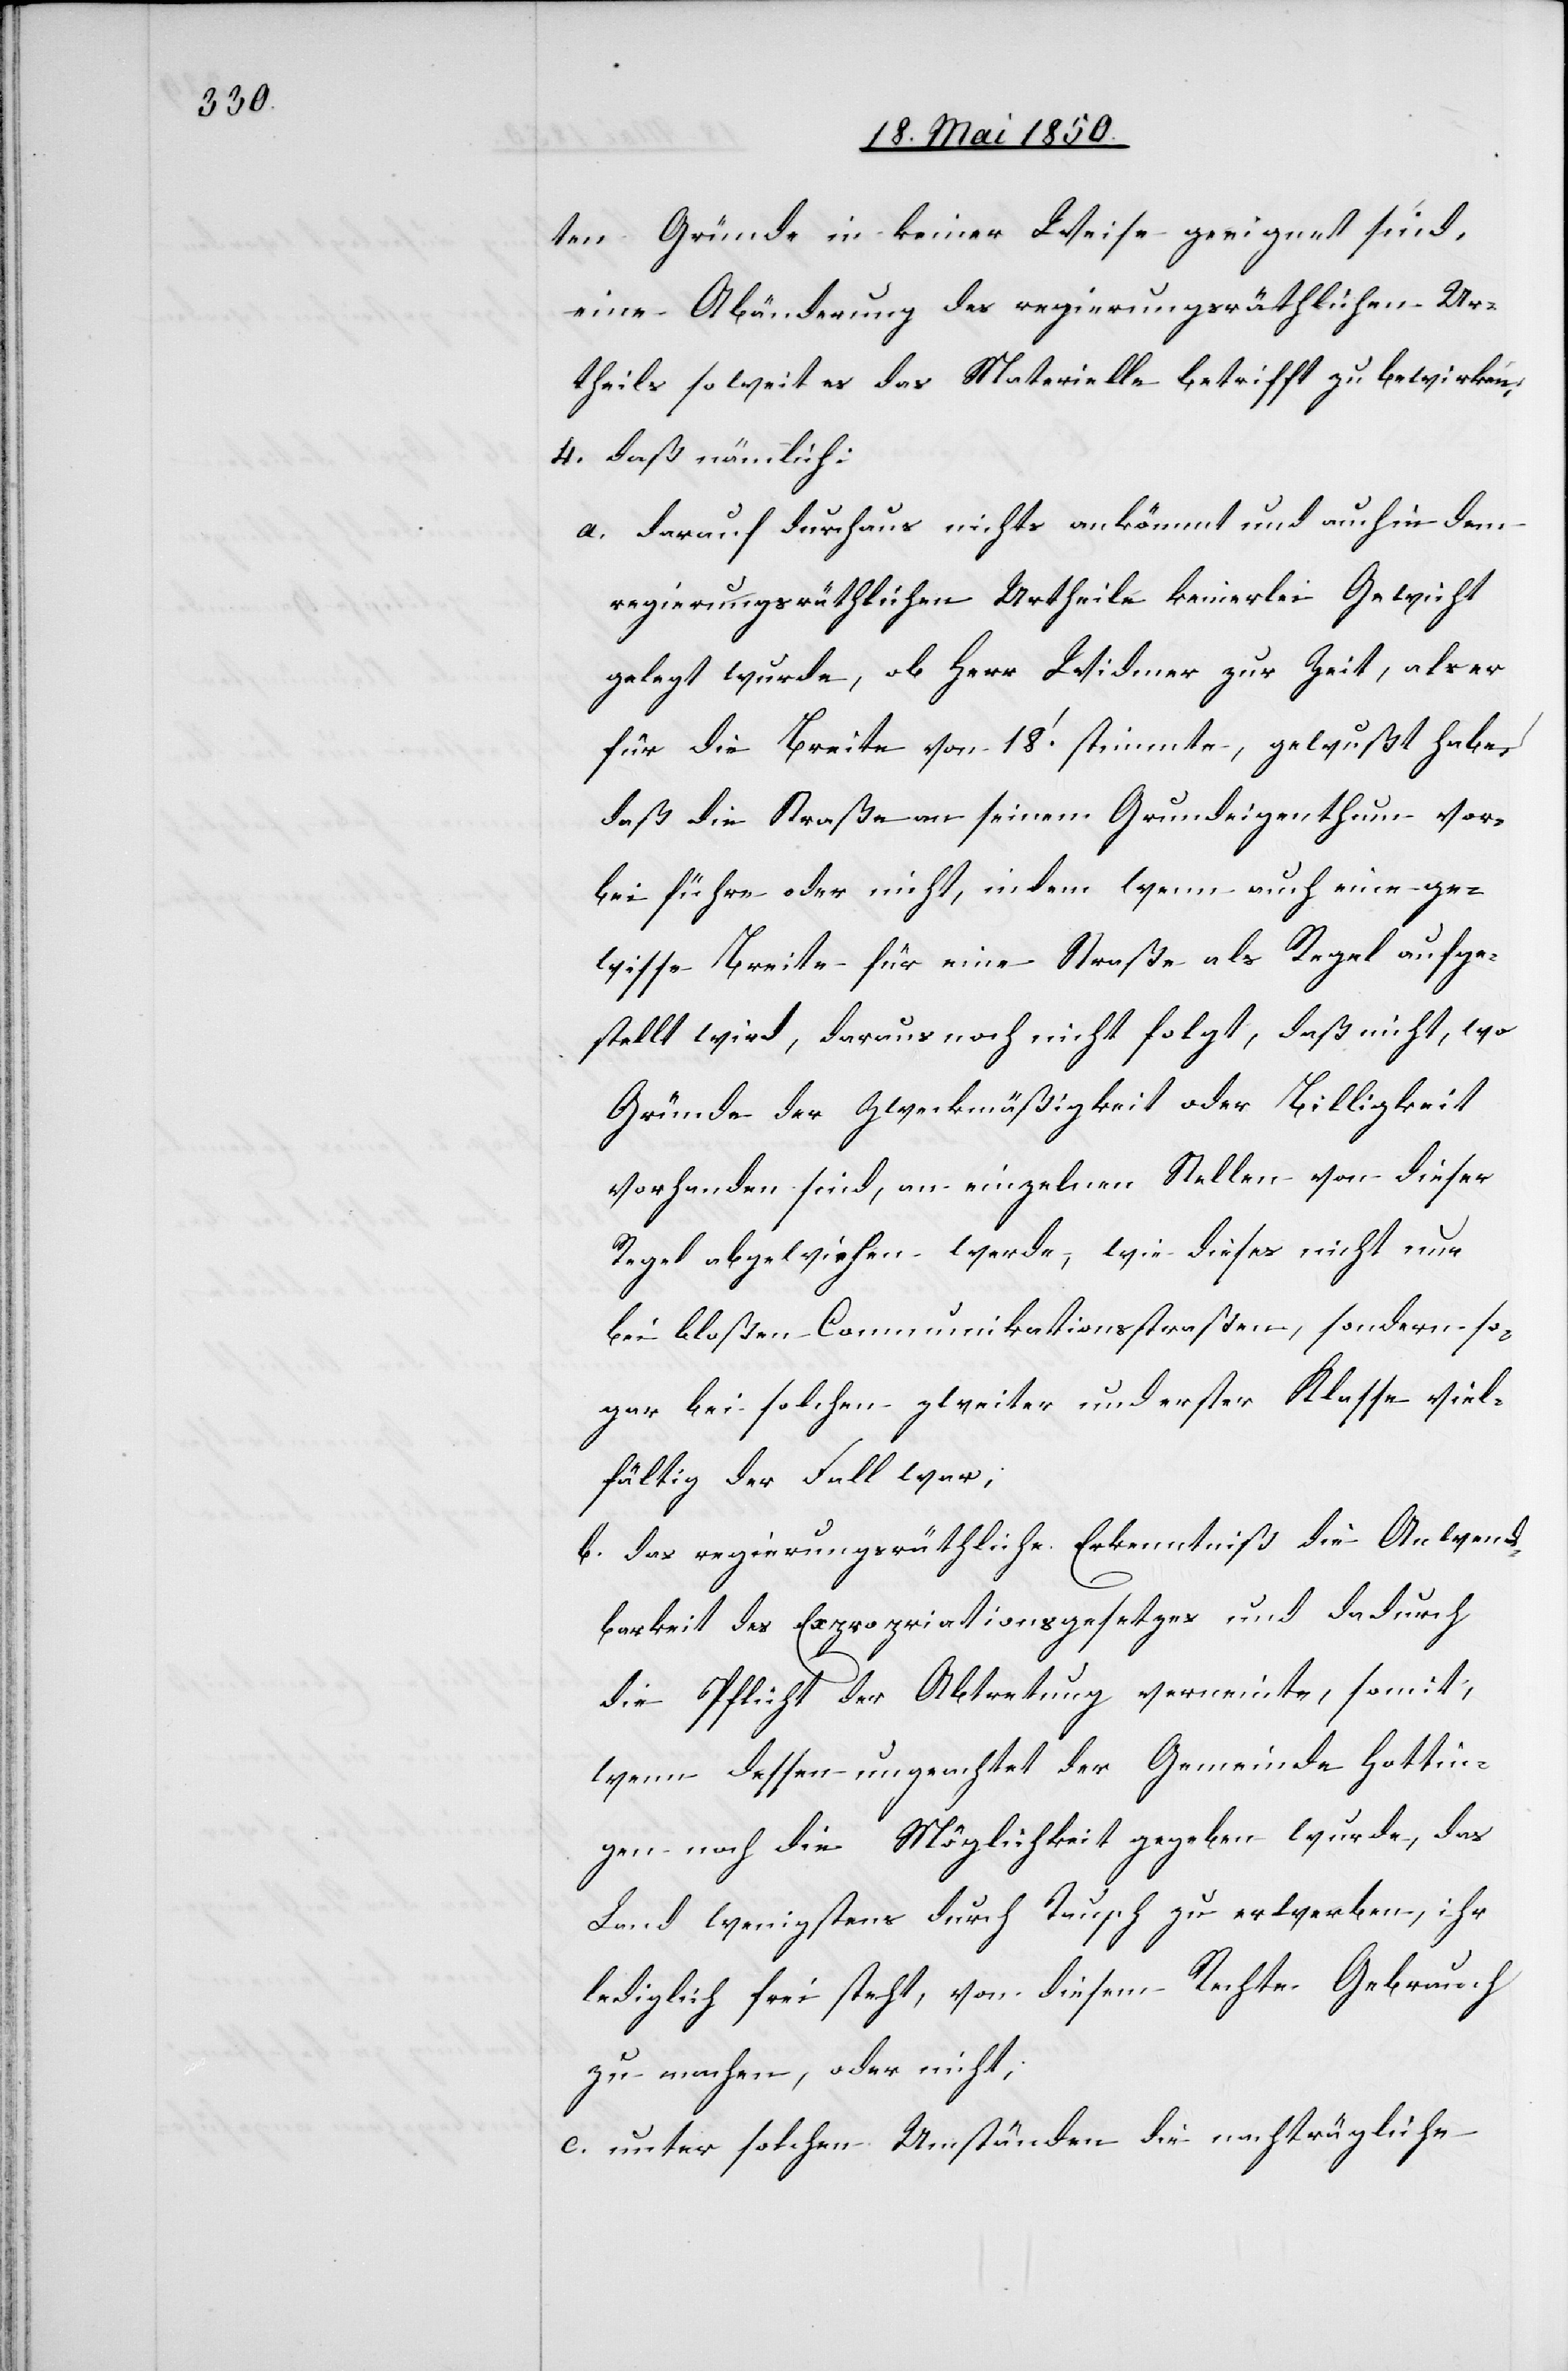
ten Gründe in keiner Weise geeignet sind,
eine Abänderung des regierungsräthlichen Ur¬
theils so weit es das Materielle betrifft zu bewirken,
4. daß nämlich:
a. darauf durchaus nichts ankömmt und auch in dem
regierungsräthlichen Urtheile keinerlei Gewicht
gelegt wurde, ob Herr Widmer zur Zeit, als er
für die Breite von 18‘. stimmte, gewußt habe,
daß die Straße an seinem Grundeigenthum vor¬
bei führe oder nicht, indem wenn auch eine ge¬
wisse Breite für eine Straße als Regel aufge¬
stellt wird, daraus noch nicht folgt, daß nicht, wo
Gründe der Zweckmäßigkeit oder Billigkeit
vorhanden sind, an einzelnen Stellen von dieser
Regel abgewichen werde, wie dieses nicht nur
bei bloßen Communikationsstraßen, sondern so¬
gar bei solchen zweiter und erster Klasse viel¬
fältig der Fall war;
b. das regierungsräthliche Erkenntniß die Anwend¬
barkeit des Expropriationsgesetzes und dadurch
die Pflicht der Abtretung verneinte, somit,
wenn dessen ungeachtet der Gemeinde Hottin¬
gen noch die Möglichkeit gegeben wurde, das
Land wenigstens durch Tausch zu erwerben, ihr
lediglich frei steht, von diesem Rechte Gebrauch
zu machen, oder nicht;
c. unter solchen Umständen die nachträgliche